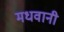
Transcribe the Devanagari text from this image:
मधवानी